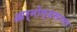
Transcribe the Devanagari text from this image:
आर्नोल्डसनला